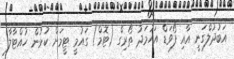
އަބުދުލްގަނީ އާއި ފޯވަޑް އަހުމަދު ތޯރިގް (ޓޮމް) ގައުމީ ޓީމަށް ކުޅުން ހުއްޓާލާ